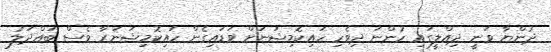
ދުންޔާ ވަނީ ދިއްލީގައި ހުންނަ ދިވެހި ހައިކޮމިޝަނަށް ވަޑައިގެން ހައިކޮމިޝަނަރާ ވެސް ބައްދަލު